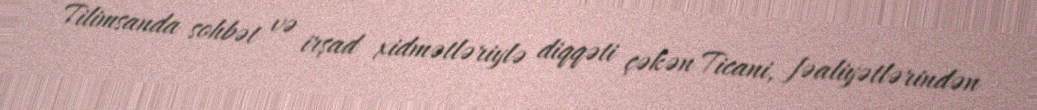
Tilimsanda sohbət və irşad xidmətləriylə diqqəti çəkən Ticani, fəaliyətlərindən